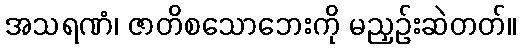
အသရဏံ၊ ဇာတိစသောဘေးကို မညှဉ်းဆဲတတ်။